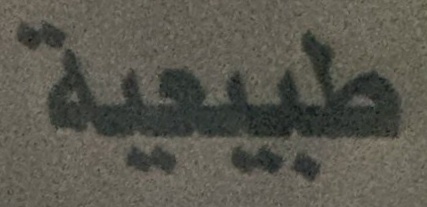
طبيعية